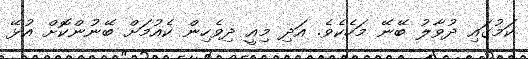
ކަމުގައި ދުވާލު ބޭނޭ މަހެކެވެ. އަދި މިއީ ދިވެހިން ކެއުމަށް ބޭނުންކޮށް އުޅޭ